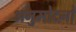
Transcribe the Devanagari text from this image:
अनुमोदनो